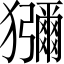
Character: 獼